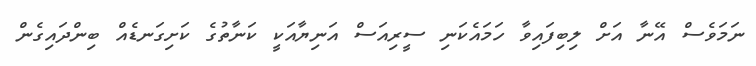
ނަމަވެސް އޭނާ އަށް ލިބިފައިވާ ހަމައެކަނި ސީރިއަސް އަނިޔާއަކީ ކަނާތުގެ ކަށިގަނޑެއް ބިންދައިގެން